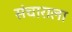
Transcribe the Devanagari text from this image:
संचाराला